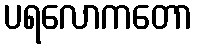
ပရလောကတော